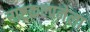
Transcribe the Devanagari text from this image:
राष्ट्रकल्पनेला